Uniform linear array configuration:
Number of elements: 8
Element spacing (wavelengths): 1
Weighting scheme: hamming
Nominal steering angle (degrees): -60
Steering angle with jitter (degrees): -59.603
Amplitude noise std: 0.05
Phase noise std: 0.05

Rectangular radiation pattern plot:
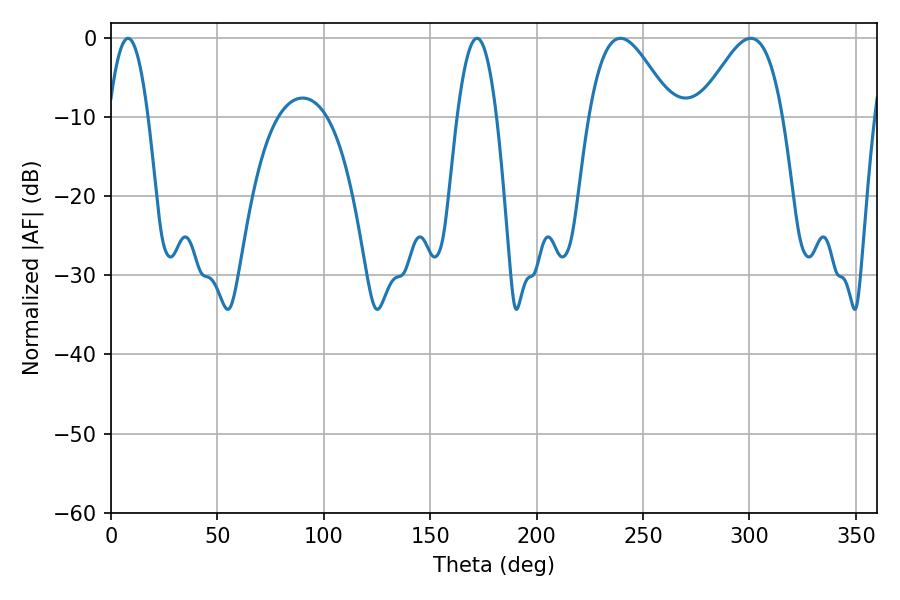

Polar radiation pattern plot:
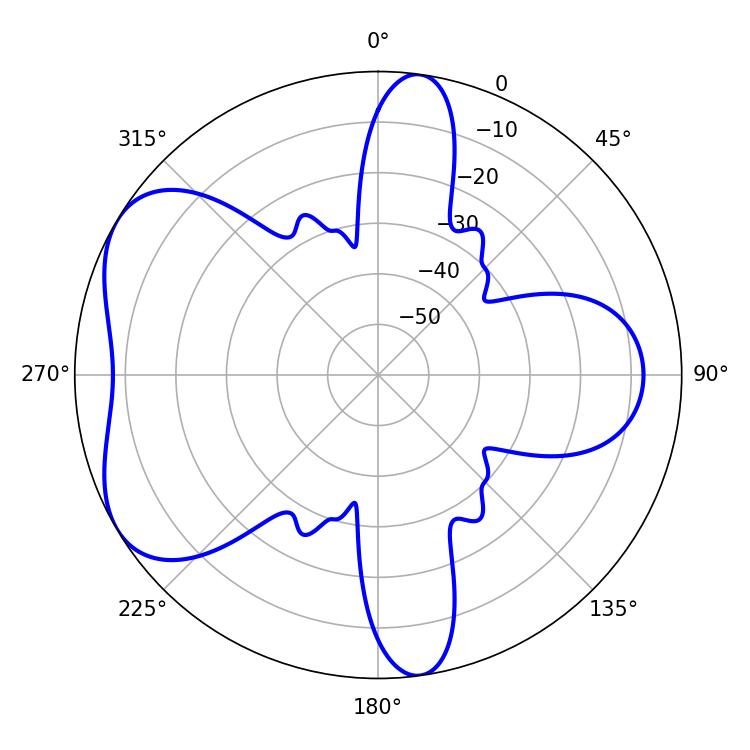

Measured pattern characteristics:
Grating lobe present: TRUE
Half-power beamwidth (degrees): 21.06
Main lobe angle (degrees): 239.4